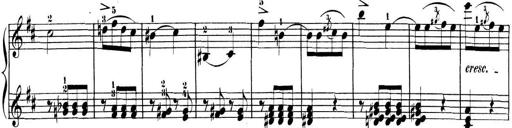
Title: 3 Sonatinen, Op.8
Composer: Isidor Wilhelm Seiss